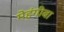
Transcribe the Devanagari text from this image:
मेहंगीबा